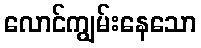
လောင်ကျွမ်းနေသော